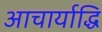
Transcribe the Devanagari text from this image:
आचार्याद्धि